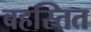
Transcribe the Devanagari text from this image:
बहस्तित